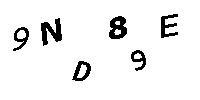
9ND89E